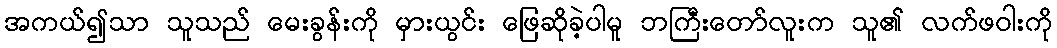
အကယ်၍သာ သူသည် မေးခွန်းကို မှားယွင်း ဖြေဆိုခဲ့ပါမူ ဘကြီးတော်လူးက သူ၏ လက်ဖဝါးကို